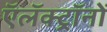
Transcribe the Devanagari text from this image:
ऍलॅक्ट्रॉनों